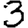
Digit: 3